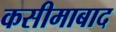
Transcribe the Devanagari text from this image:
कसीमाबाद